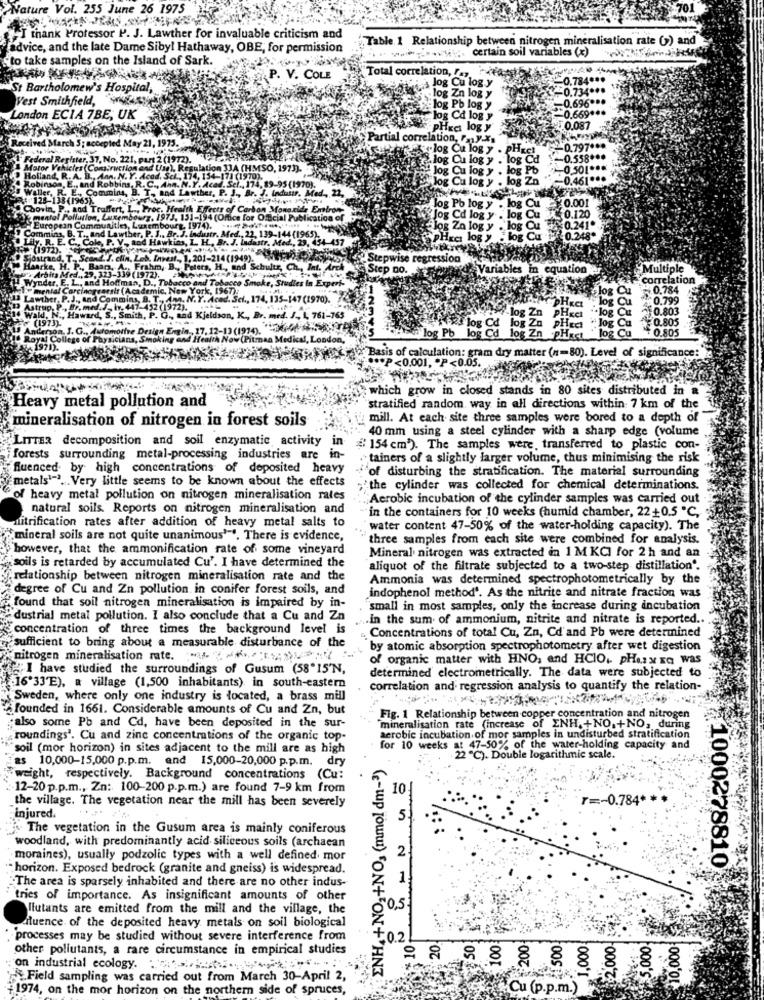
Nature Vol. 255 June 26 1975
I thank Professor P. J. Lawther for invaluable criticism and
",Table 1 Relationship between nitrogen mineralisation rate () and
advice, and the late Dame Sibyl Hathaway, OBE, for permission
certain soil variables (x)
"to take samples on the Island of Sark.
"Total correlation, .,
V. COLE
og Cu log y
0.784 ***
St Bartholomew's Hospital,
+0.734 ...
Vest Smithfield,
log Zn log y
-0.696 ***
log Pb log y
20.669 ***
London ECIA 7BE, UK
og Cd log y
PHKci log y
50.087
Partial correlation, Pay-Xs
log Cu log y . PHES
.797 ***
37, No. 22
2(1972).
og Cu log y . log Ca
+0.538 ***
(Usa). Resulation 3JA (HMSO, 1973).
log Cu log y . log Pb
-- 0,50[ ***
od. Sel ., 174, 154-171 (1970).
Cu log y . log Za
-0.461 ...
and Lawther, P. J ., Br. J. Industr. Med ., 22,
Ann. N.Y. Acad. Sel ., 174, 89-95 (1970).
¥0.001
oc. Health Effects of Carbon Monoxide Emiron-
log Po log y
0.120
973, 151-194 (Office for Official Publication of
log y
0.241.
embourg, 1974).
. Br. J. In
7. M
2. 139-144(1965).
OR Za
log y
1-457
PH
OR Cu
0.24
1.201-214
Stepwise regression
Step Do.
Variables in equation
Multiple
22222
Correlation
30.784
5-147 (1970).
0.799
0.803
761-765
log
0.805
# log Cd
log Cd
0.805
London
log Pb
log Zn
log Cu
Basis of calculation: gram dry matter (n=80). Level of significance:
P<0.001, P<0.05.
which grow in closed stands in 80 sites distributed in a
Heavy metal pollution and
stratified random way in all directions within 7 km of the
mineralisation of nitrogen in forest soils
mill. At each site three samples were bored to a depth of
40 mm using a steel cylinder with a sharp edge (volume
LITTER decomposition and soil enzymatic activity in
154 cm*). The samples were, transferred to plastic con-
forests surrounding metal-processing industries are
in-
.tainers of a slightly larger volume, thus minimising the risk
fluenced by high concentrations of deposited heavy
"of disturbing the stratification. The material surrounding
metals""" ... Very little seems to be known about the effects
;'the cylinder was collected for chemical determinations.
"of heavy metal pollution on nitrogen mineralisation rates
"Aerobic incubation of the cylinder samples was carried out
natural soils. Reports on nitrogen mineralisation and
"in the containers for 10 weeks (humid chamber, 22+0.5 ℃,
nitrification rates after addition of heavy metal salts to
water content 47-50% of the water-holding capacity). The
"mineral soils are not quite unanimous'"". There is evidence,
"three samples from each site were combined for analysis.
however, that the ammonification rate of some vineyard
Mineral nitrogen was extracted in 1 M KCI for 2h and an
"soils is retarded by accumulated Cu'. I have determined the
aliquot of the filtrate subjected to a two-step distillation".
relationship between nitrogen mineralisation rate and the
Ammonia was determined spectrophotometrically by the
degree of Cu and Zn pollution in conifer forest soils, and
indophenol method'. As the nitrite and nitrate fraction was
found that soil nitrogen mineralisation is impaired by in-
"small in most samples, only the increase during incubation
"dustrial metal pollution. I also conclude that a Cu and Zn
.in the sum of ammonium, nitrite and nitrate is reported ..
concentration of three times the background level is
" Concentrations of total Cu, Zn, Cd'and Pb were determined
sufficient to bring about a measurable disturbance of the
by atomic absorption spectrophotometry after wet digestion
nitrogen mineralisation rate. ***
of organic matter with HNO, and HCIO .. PHAs x EC was
I have studied the surroundings of Gusum (58"15'N,
determined electrometrically. The data were subjected to
16'33'E), a village (1,500 inhabitants) in south-eastern
correlation and regression analysis to quantify the relation-
Sweden, where only one industry is located, a brass mill
founded in 1661. Considerable amounts of Cu and Zn, but
Fig. 1 Relationship between copper concentration and nitrogen
also some Pb and Cd, have been deposited in the sur-
mineralisation rate (increase of ENH. +NO.+NO, during
roundings'. Cu and zinc concentrations of the organic top-
aerobic incubation of mor samples in undisturbed stratification
"soil (mor horizon) in sites adjacent to the mill are as high
47-50% of the water-holding capacity and
as 10,000-15,000 p.p.m. and 15,000-20,000 p.p.m. dry
ENH4+NO,+NO, (mmol dm-3)
for 10 weeks ""℃). Double logarithmic scale.
weight, respectively. Background concentrations (Cu:
12-20 p.p.m ., Zn: 100-200 p.p.m.) are found 7-9 km from
10
the village. The vegetation near the mill has been severely
r =- 0.784*
injured.
The vegetation in the Gusum area is mainly coniferous
woodland, with predominantly acid siliceous soils (archaean
2
moraines), usually podzolic types with a well defined mor
· horizon. Exposed bedrock (granite and gneiss) is widespread.
1000278810
The area is sparsely inhabited and there are no other indus-
tries of importance. As insignificant amounts of other
flutants are emitted from the mill and the village, the
0,5
atuence of the deposited heavy metals on soil biological
processes may be studied without severe interference from
:0.2
10
20.
100
200
1500
1,000
2,000.
$5,000
$10,000
other pollutants, a rare circumstance in empirical studies
on industrial ecology.
Field sampling was carried out from March 30-April 2
1974, on the mor horizon on the northern side of spruces,
Cu (p.p.m.)